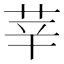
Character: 𦭱